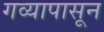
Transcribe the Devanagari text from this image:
गव्यापासून